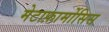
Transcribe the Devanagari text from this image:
मेटाफ़ार्मोसिस